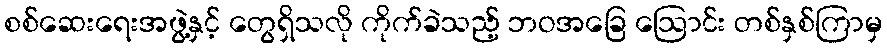
စစ်ဆေးရေးအဖွဲ့နှင့် တွေရှိသလို ကိုက်ခဲသည့် ဘဝအခြေ ဩောင်း တစ်နှစ်ကြာမှ